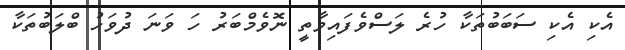
އެކި އެކި ސަބަބުތަކާ ހުރެ ލަސްވެފައިވާތީ ނޮވެމްބަރު ހަ ވަނަ ދުވަހު ބްލަބުތަކާ